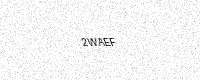
Text: 2WAEF